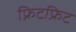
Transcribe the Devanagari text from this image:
फ्रिटफ्रिट